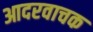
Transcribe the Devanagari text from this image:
आदरवाचक